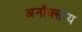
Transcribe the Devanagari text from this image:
अनॉक्सीय